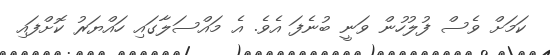
ކަމަށް ވެސް ފުލުހުން ވަނީ ބުނެފަ އެވެ. އެ މައްސަލާގައި ހައްޔަރު ކޮށްފައި